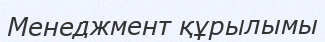
Менеджмент құрылымы